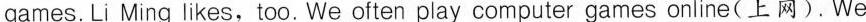
games.Li Ming likes, too. We often play computer games online(上 网). We